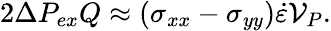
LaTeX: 2\Delta P_{ex}Q\approx(\sigma_{xx}-\sigma_{yy})\dot{\varepsilon}\mathcal{V}_{P}.